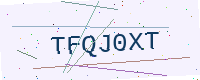
Text: TFQJ0XT